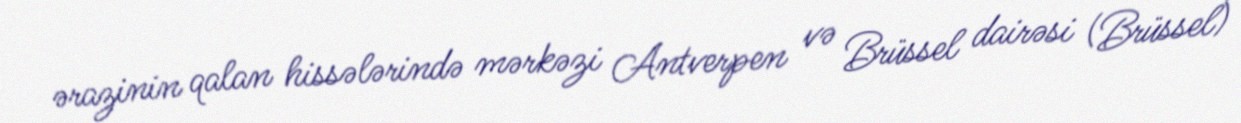
ərazinin qalan hissələrində mərkəzi Antverpen və Brüssel dairəsi (Brüssel)